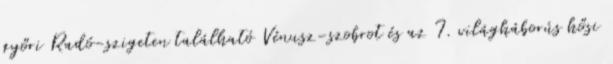
győri Radó-szigeten található Vénusz-szobrot és az I. világháborús hősi